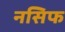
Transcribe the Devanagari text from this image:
नसिफ